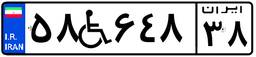
۵۸W۶۴۸۳۸